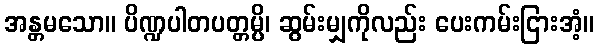
အန္တမသော။ ပိဏ္ဍပါတပတ္တမ္ပိ၊ ဆွမ်းမျှကိုလည်း ပေးကမ်းငြားအံ့။